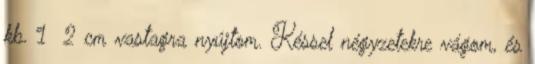
kb. 1 2 cm vastagra nyújtom. Késsel négyzetekre vágom, és